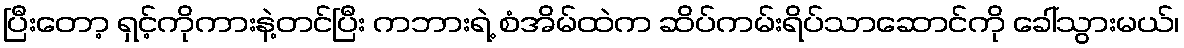
ပြီးတော့ ရှင့်ကိုကားနဲ့တင်ပြီး ကဘားရဲ့ စံအိမ်ထဲက ဆိပ်ကမ်းရိပ်သာဆောင်ကို ခေါ်သွားမယ်၊